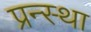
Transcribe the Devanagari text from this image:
प्रन्स्था